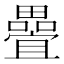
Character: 𭻵